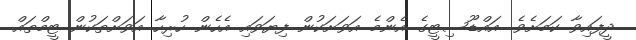
ދީފައިވާ ކަމަށެވެ. އައްޑޫސިޓީގެ އެންމެ އަވަށަކުން ފިޔަވައި އެހެން ހުރިހާ އަވަށްތަކުން ޓީމްތައް